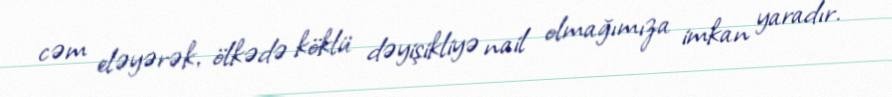
cəm eləyərək, ölkədə köklü dəyişikliyə nail olmağımıza imkan yaradır.